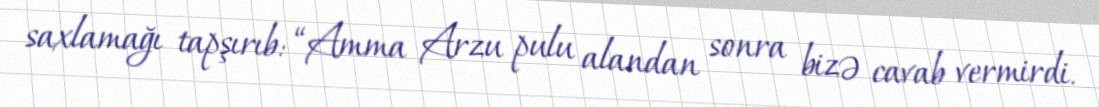
saxlamağı tapşırıb: “Amma Arzu pulu alandan sonra bizə cavab vermirdi.